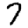
Digit: 7